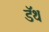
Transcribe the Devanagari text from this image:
डॅथ